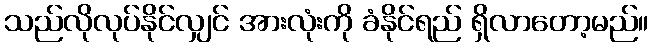
သည်လိုလုပ်နိုင်လျှင် အားလုံးကို ခံနိုင်ရည် ရှိလာတော့မည်။